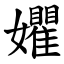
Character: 㜹